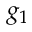
g _ { 1 }